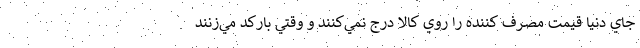
جاي دنيا قيمت مصرف كننده را روي كالا درج نمي‌كنند و وقتي باركد مي‌زنند